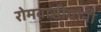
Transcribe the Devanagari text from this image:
रोमवासीयांनी